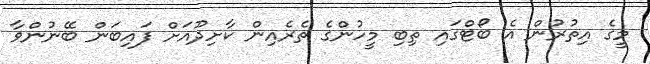
މީގެ އިތުރުން އެ ބޯޓްގައި ތިބި މީހުންގެ ތެރެއިން ކާށިދޫއަށް ފައިބަން ބޭނުންވާ